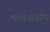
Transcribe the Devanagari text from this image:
भातशेतीच